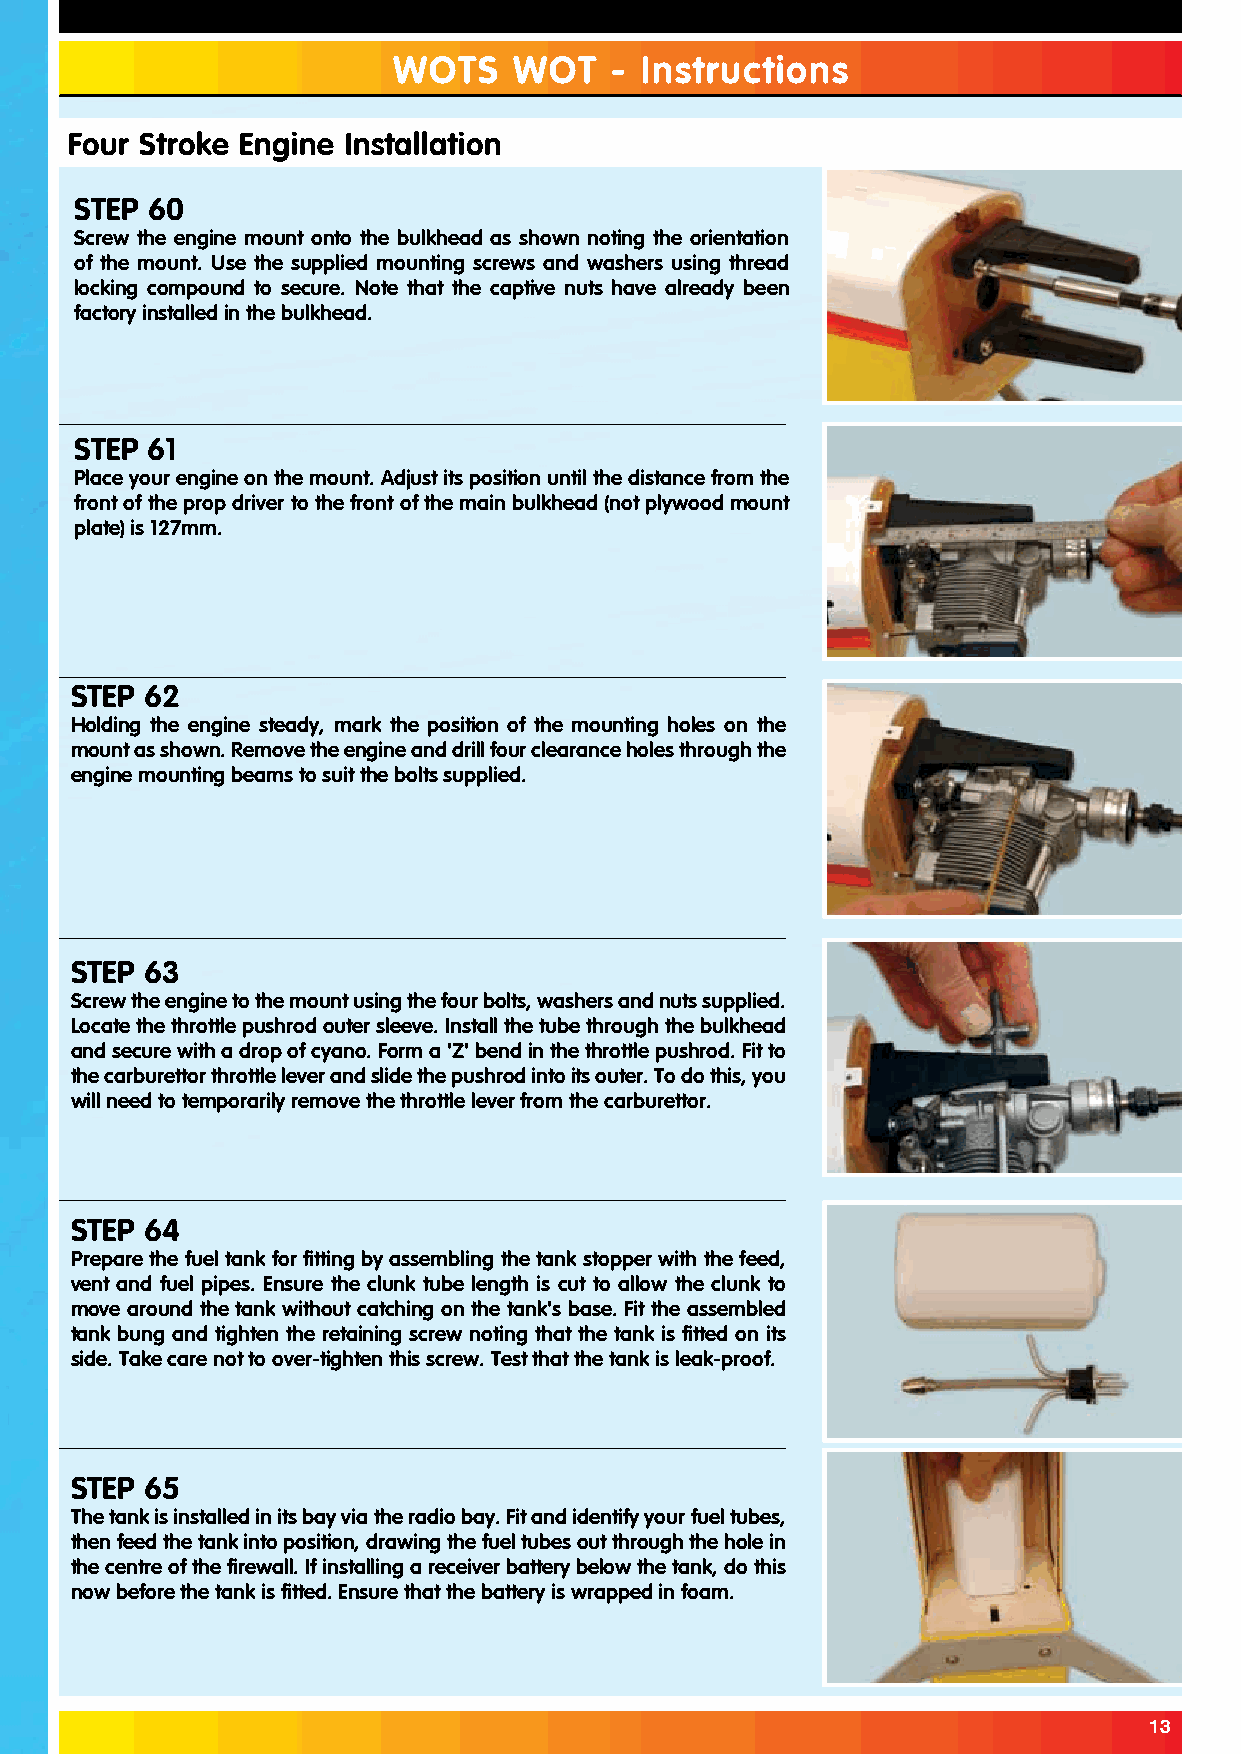
WOTS    WOT   - Instructions
 Four Stroke Engine Installation
 STEP 60
 Screw the engine mount onto the bulkhead as shown noting the orientation
 of the mount. Use the supplied mounting screws and washers using thread
 locking compound to secure. Note that the captive nuts have already been
 factory installed in the bulkhead.
 STEP 61
 Place your engine on the mount. Adjust its position until the distance from the
 front of the prop driver to the front of the main bulkhead (not plywood mount
 plate) is 127mm.
 STEP 62
 Holding the engine steady, mark the position of the mounting holes on the
 mount as shown. Remove the engine and drill four clearance holes through the
 engine mounting beams to suit the bolts supplied.
 STEP 63
 Screw the engine to the mount using the four bolts, washers and nuts supplied.
 Locate the throttle pushrod outer sleeve. Install the tube through the bulkhead
 and secure with a drop of cyano. Form a 'Z' bend in the throttle pushrod. Fit to
 the carburettor throttle lever and slide the pushrod into its outer. To do this, you
 will need to temporarily remove the throttle lever from the carburettor.
 STEP 64
 Prepare the fuel tank for fitting by assembling the tank stopper with the feed,
 vent and fuel pipes. Ensure the clunk tube length is cut to allow the clunk to
 move around the tank without catching on the tank's base. Fit the assembled
 tank bung and tighten the retaining screw noting that the tank is fitted on its
 side. Take care not to over-tighten this screw. Test that the tank is leak-proof.
 STEP 65
 The tank is installed in its bay via the radio bay. Fit and identify your fuel tubes,
 then feed the tank into position, drawing the fuel tubes out through the hole in
 the centre of the firewall. If installing a receiver battery below the tank, do this
 now before the tank is fitted. Ensure that the battery is wrapped in foam.
 13